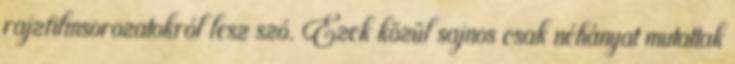
rajzfilmsorozatokról lesz szó. Ezek közül sajnos csak néhányat mutattak